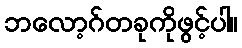
ဘလော့ဂ်တခုကိုဖွင့်ပါ။